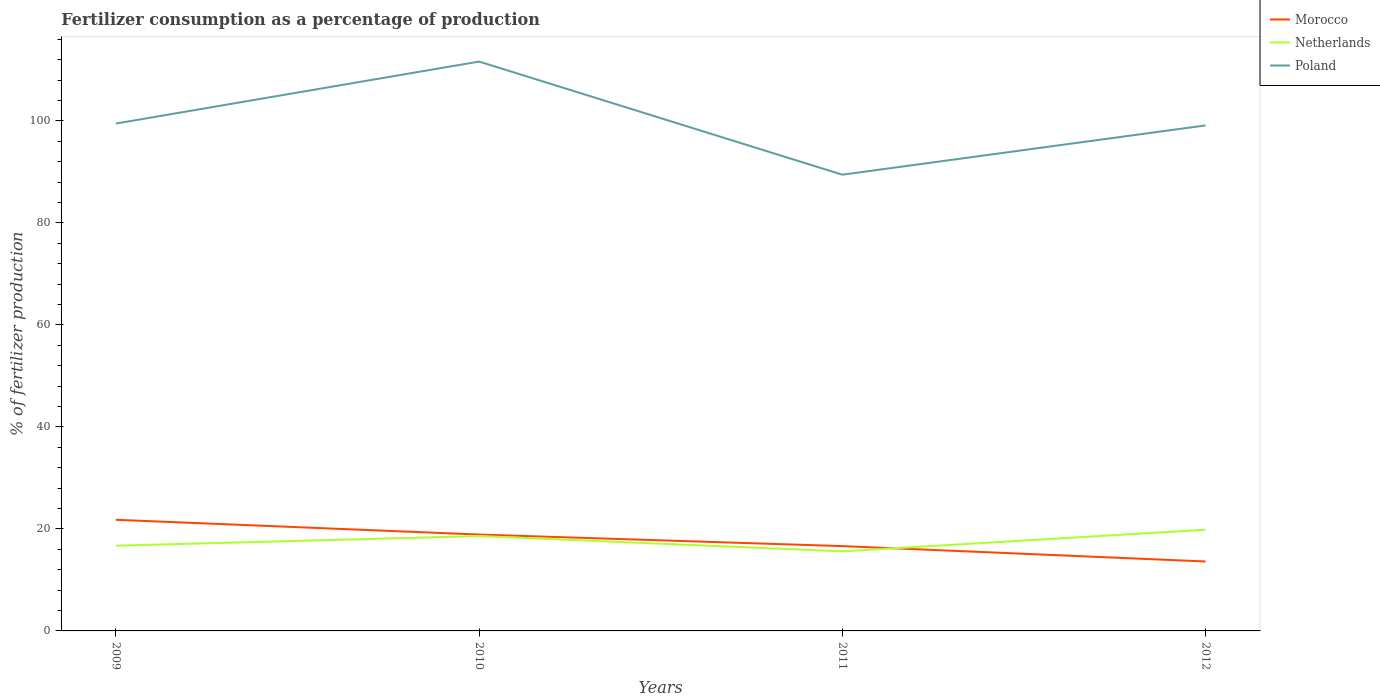
| Years | Morocco | Netherlands | Poland |
 | --- | --- | --- | --- |
 | 2009 | 21.8 | 16.7 | 99.5 |
 | 2010 | 18.9 | 18.6 | 112 |
 | 2011 | 16.6 | 15.6 | 89.5 |
 | 2012 | 13.6 | 19.8 | 99.1 |